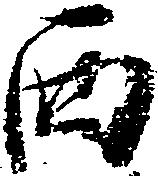
西